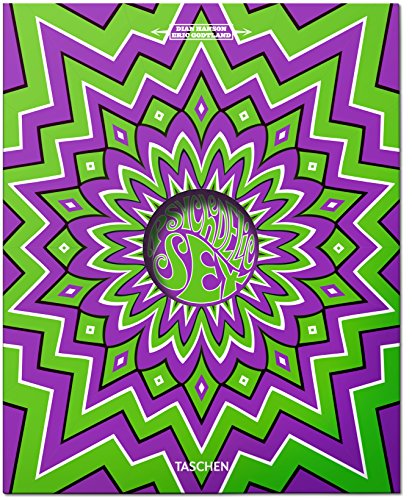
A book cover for Psychedelic Sex; Eric Godtland; Arts & Photography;